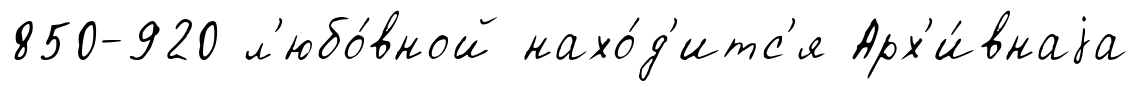
850-920 л'юбо́вной нахо́д'итс'я Арх'и́внаjа